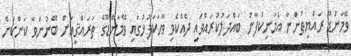
ވޭމަންޑޫ ރައްޔިތުންނާ އެމަނިކުފާނު ބައްދަލުކުރައްވައި ދެއްކެވި ވާހަކަފުޅުގައި ވޭމަންޑޫގެ ތަރައްޤީއަށް ބޭނުންވާ ކަންކަން